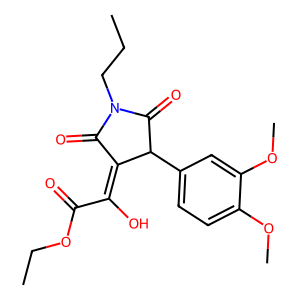
SMILES: CCCN1C(=O)C(=C(O)C(=O)OCC)C(c2ccc(OC)c(OC)c2)C1=O
Inhibits HIV replication: No